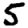
Digit: 5